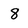
Character: 8